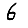
Digit: 6